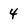
Character: 4